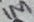
Text: 1M